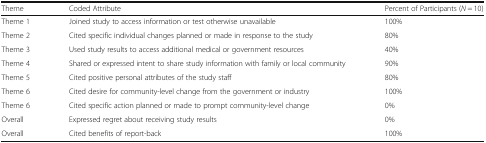
| Theme | Coded Attribute | Percent of Participants (N = 10) |
 | --- | --- | --- |
 | Theme 1 | Joined study to access information or test otherwise unavailable | 100% |
 | Theme 2 | Cited specific individual changes planned or made in response to the study | 80% |
 | Theme 3 | Used study results to access additional medical or government resources | 40% |
 | Theme 4 | Shared or expressed intent to share study information with family or local community | 90% |
 | Theme 5 | Cited positive personal attributes of the study staff | 80% |
 | Theme 6 | Cited desire for community-level change from the government or industry | 100% |
 | Theme 6 | Cited specific action planned or made to prompt community-level change | 0% |
 | Overall | Expressed regret about receiving study results | 0% |
 | Overall | Cited benefits of report-back | 100% |